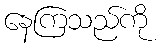
နေကြသည်ကို